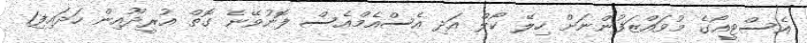
އެސްޓީއޯގެ މުވައްޒަފުންނަށް ހިލޭ ކޯލް އަދި އެސްއެމްއެސް ފޮނުވޭނެ ގޮތް އުރީދޫއިން ހަދައިފި1